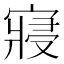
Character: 寢